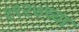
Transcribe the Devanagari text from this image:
१९२७च्या